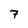
Character: 7